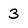
Character: 3